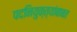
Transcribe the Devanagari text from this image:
पदनियुक्त्यांबाबत